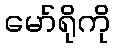
မော်ရိုကို